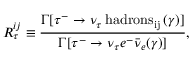
R _ { \tau } ^ { i j } \equiv \frac { \Gamma [ \tau ^ { - } \rightarrow \nu _ { \tau } \, \mathrm { h a d r o n s _ { i j } } \, ( \gamma ) ] } { \Gamma [ \tau ^ { - } \rightarrow \nu _ { \tau } e ^ { - } { \bar { \nu } } _ { e } ( \gamma ) ] } ,